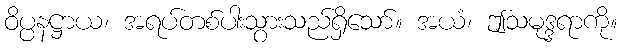
ဝိပ္ပနဋ္ဌာယ၊ အရပ်တစ်ပါးသွားသည်ရှိသော်။ အယံ၊ ဤသမုဒ္ဒရာကို။